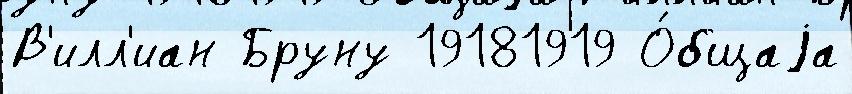
В'илл'иан Бруну 19181919 О́бщаjа